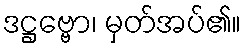
ဒဋ္ဌဗ္ဗော၊ မှတ်အပ်၏။